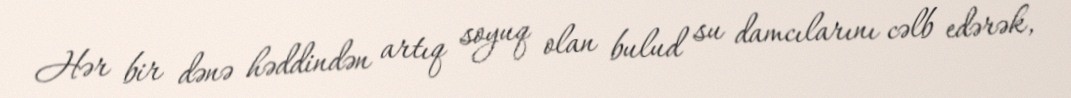
Hər bir dənə həddindən artıq soyuq olan bulud su damcılarını cəlb edərək,